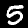
Digit: 5